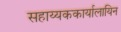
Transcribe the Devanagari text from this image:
सहाय्यककार्यालायिन